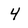
Character: 4